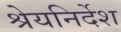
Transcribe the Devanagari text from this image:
श्रेयनिर्देश